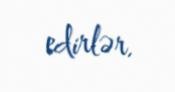
edirlər.